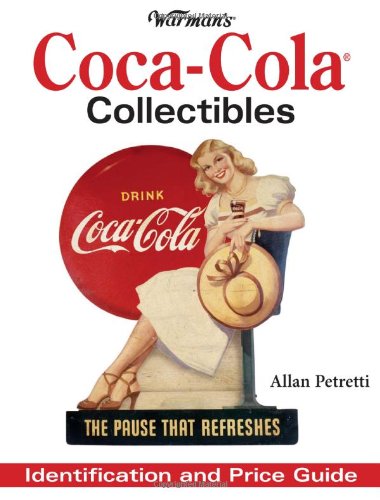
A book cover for Warman's Coca Cola Collectibles: Identification And Price Guide; Allen Petretti; Crafts, Hobbies & Home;